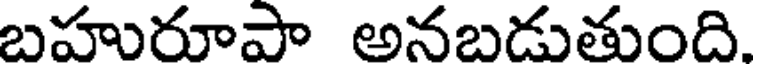
బహురూపా అనబడుతుంది.